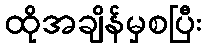
ထိုအချိန်မှစပြီး